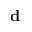
\textbf { d }